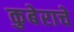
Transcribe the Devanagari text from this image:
कुबेराचे